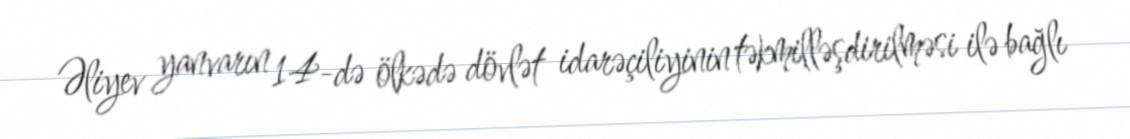
Əliyev yanvarın 14-də ölkədə dövlət idarəçiliyinin təkmilləşdirilməsi ilə bağlı